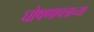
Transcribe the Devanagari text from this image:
घोषणापत्राच्या